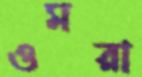
ওমরা